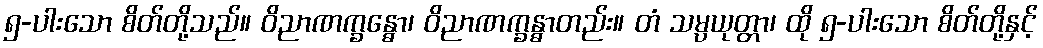
၅-ပါးသော စိတ်တို့သည်။ ဝိညာဏက္ခန္ဓော၊ ဝိညာဏက္ခန္ဓာတည်း။ တံ သမ္ပယုတ္တာ၊ ထို ၅-ပါးသော စိတ်တို့နှင့်